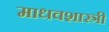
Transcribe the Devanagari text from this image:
माधवशास्त्री